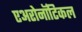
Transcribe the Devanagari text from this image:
एअरोनॉटिकल